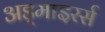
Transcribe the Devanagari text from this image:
अड्माइरर्स